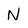
Character: N